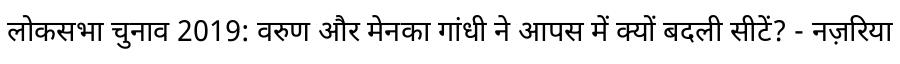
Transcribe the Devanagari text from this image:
लोकसभा चुनाव 2019: वरुण और मेनका गांधी ने आपस में क्यों बदली सीटें? - नज़रिया